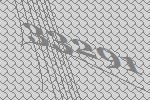
33291